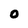
Character: 0